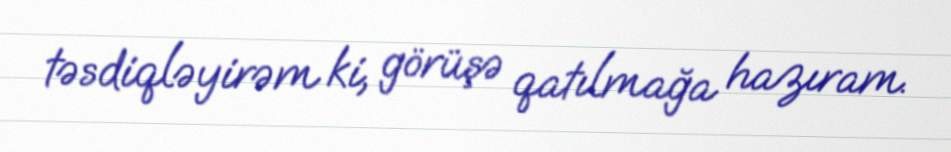
təsdiqləyirəm ki, görüşə qatılmağa hazıram.